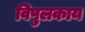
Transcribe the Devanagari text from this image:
विपुलकाय